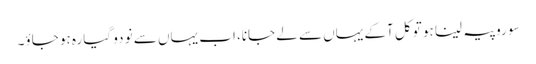
سو روپیہ لینا ہو تو کل آکے یہاں سے لے جانا، اب یہاں سے نو دو گیارہ ہو جاؤ۔